Annual report on the lock hospitals of the Madras Presidency
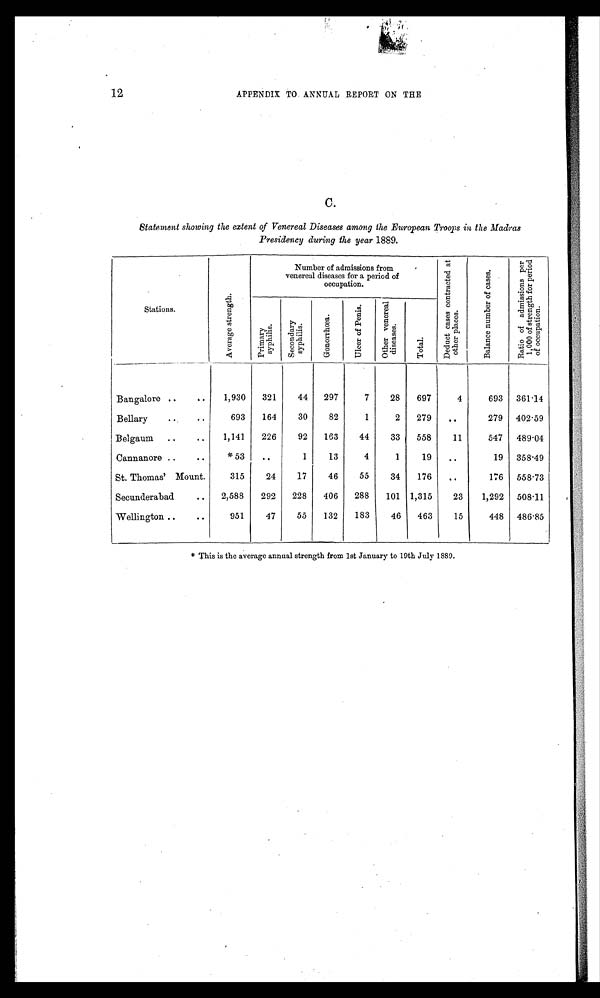
12
APPENDIX TO ANNUAL REPORT ON THE
C.
Statement showing the extent of Venereal Diseases among the European Troops in the Madras
Presidency during the year 1889.
Stations.
A v e r a g e s t r e n g t h .
Number of admissions from
venereal diseases for a period of
occupation.
D e d u c t c a s e s c o n t r a c t e d a t o t h e r p l a c e s .
B a l a n c e n u m b e r o f c a s e s .
R a t i o o f a d m i s s i o n s p e r 1 , 0 0 0 o f s t r e n g t h f o r p e r i o d o f o c c u p a t i o n .
P r i m a r y s y p h i l i s
.
S e c o n d a r y s y p h i l i s .
G o n o r r h œ a .
U l c e r o f P e n i s .
O t h e r v e n e r e a l d i s e a s e s .
T o t a l .
Bangalore ..
..
1,930
321
44
297
7
28
697
4
693
361.14
Bellary
..
693
164
30
82
1
2
279
..
279
402.59
Belgaum ..
..
1,141
226
92
163
44
33
558
11
547
489.04
Cannanore ..
. .
* 5 3 . .
1
13
4
1
19
..
19
358.49
St. Thomas' Mount.
315
24
17
46
55
34
176
. .
176
558.73
Secunderabad
..
2,588
292
228
406
288
101 1,315
23
1,292
508.11
Wellington ..
..
951
47
55
132
183
46
463
15
448
486.85
* This is the average annual strength from 1st January to 19th July 1889.